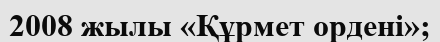
2008 жылы «Құрмет ордені»;